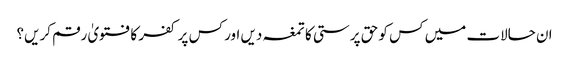
ان حالات میں کس کو حق پرستی کا تمغہ دیں اور کس پر کفر کا فتویٰ رقم کریں؟